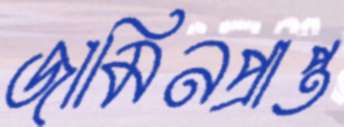
জামিনপ্রাপ্ত